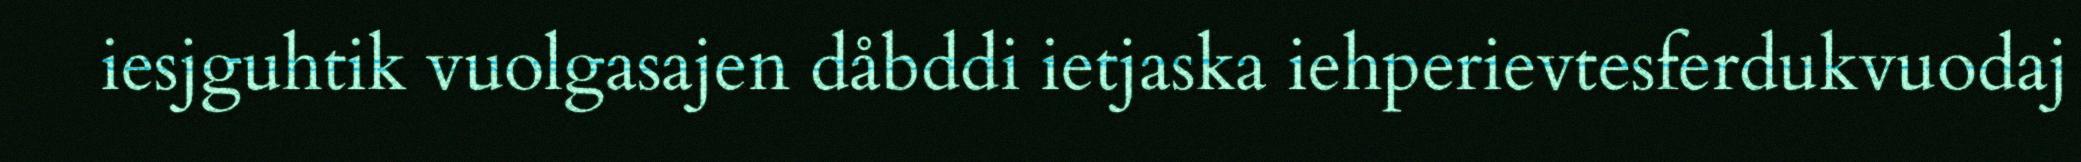
iesjguhtik vuolgasajen dåbddi ietjaska iehperievtesferdukvuodaj